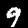
Label: 9